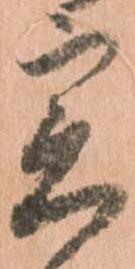
実